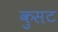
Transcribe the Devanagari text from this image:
कुसट